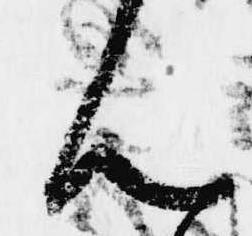
ん